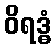
ဝိရဒ္ဓံ